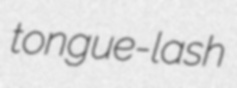
tongue-lash